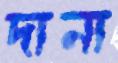
দানা